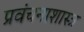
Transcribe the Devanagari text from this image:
प्रवंचनाशास्त्र